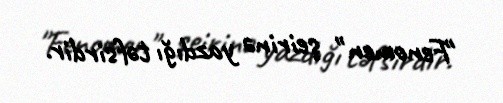
"Fenomen" şeirinə yazdığı təfsirdir.